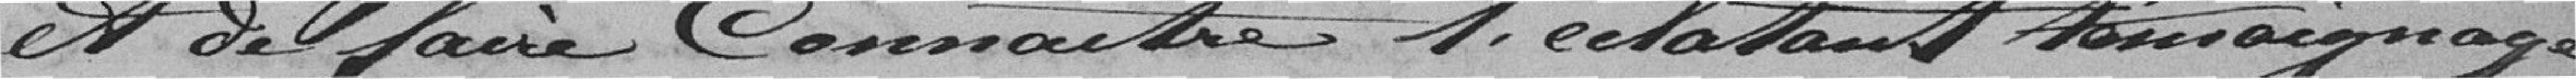
et de faire connaitre l'éclatant témoignage